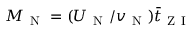
M _ { \mathrm { ~ N ~ } } = ( U _ { \mathrm { ~ N ~ } } / v _ { \mathrm { ~ N ~ } } ) \bar { t } _ { \mathrm { ~ Z ~ I ~ } }